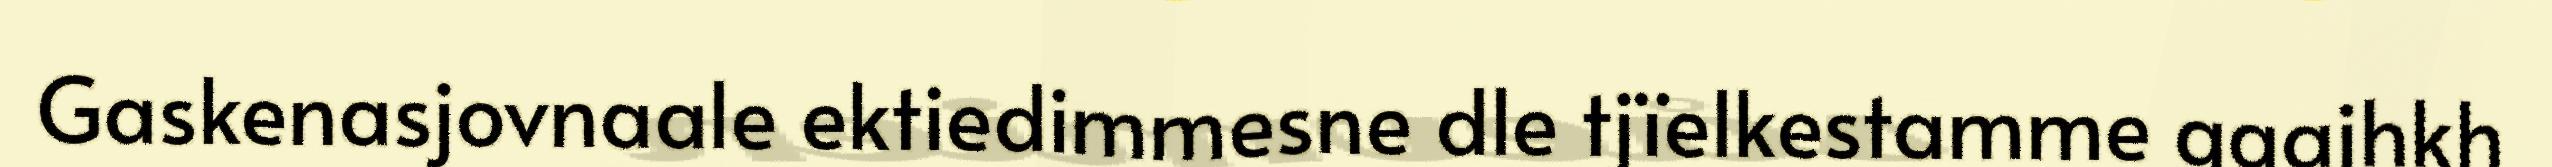
Gaskenasjovnaale ektiedimmesne dle tjïelkestamme gaajhkh